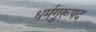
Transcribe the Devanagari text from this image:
धर्मगुरूपद